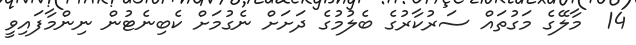
14  މާލޭގެ މަގުތައް ސަރުކާރުގެ ބެލުމުގެ ދަށަށް ނެގުމަށް ކެބިނެޓުން ނިންމާފައިވީ